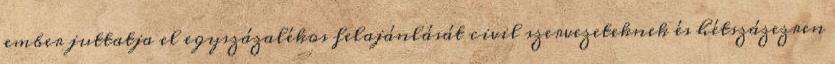
ember juttatja el egyszázalékos felajánlását civil szervezeteknek és hétszázezren